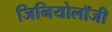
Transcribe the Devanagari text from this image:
जिनियोलॉजी